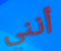
أنني